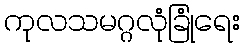
ကုလသမဂ္ဂလုံခြုံရေး